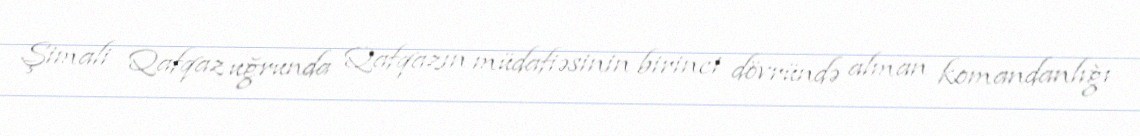
Şimali Qafqaz uğrunda Qafqazın müdafiəsinin birinci dövründə alman komandanlığı